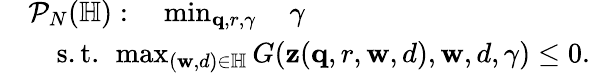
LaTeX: \begin{array}{rl}&{\mathcal{P}_{N}(\mathbb{H}):\quad\operatorname*{min}_{\mathbf{q},r,\gamma}\quad\gamma}\\ &{\quad\mathrm{s.t.~}\operatorname*{max}_{(\mathbf{w},d)\in\mathbb{H}}G(\mathbf{z}(\mathbf{q},r,\mathbf{w},d),\mathbf{w},d,\gamma)\leq 0.}\end{array}